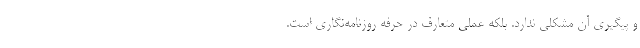
و پیگیری آن مشکلی ندارد. بلکه عملی متعارف در حرفه روزنامه‌نگاری است.